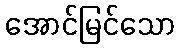
အောင်မြင်သော